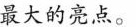
最大的亮点。